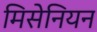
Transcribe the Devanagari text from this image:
मिसेनियन